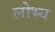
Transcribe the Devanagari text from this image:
लोभ्य